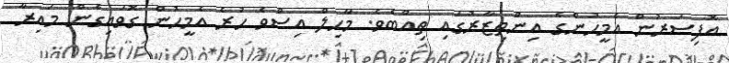
އޮފިސަރުން އެމީހުންގެ އިންތިޒާރުގައި ތިއްބެވެ. މާހިލް އިސްވެ ހުރެ އެމީހުން ގޮވައިގެން މައިރާ